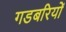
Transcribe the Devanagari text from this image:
गडबरियों